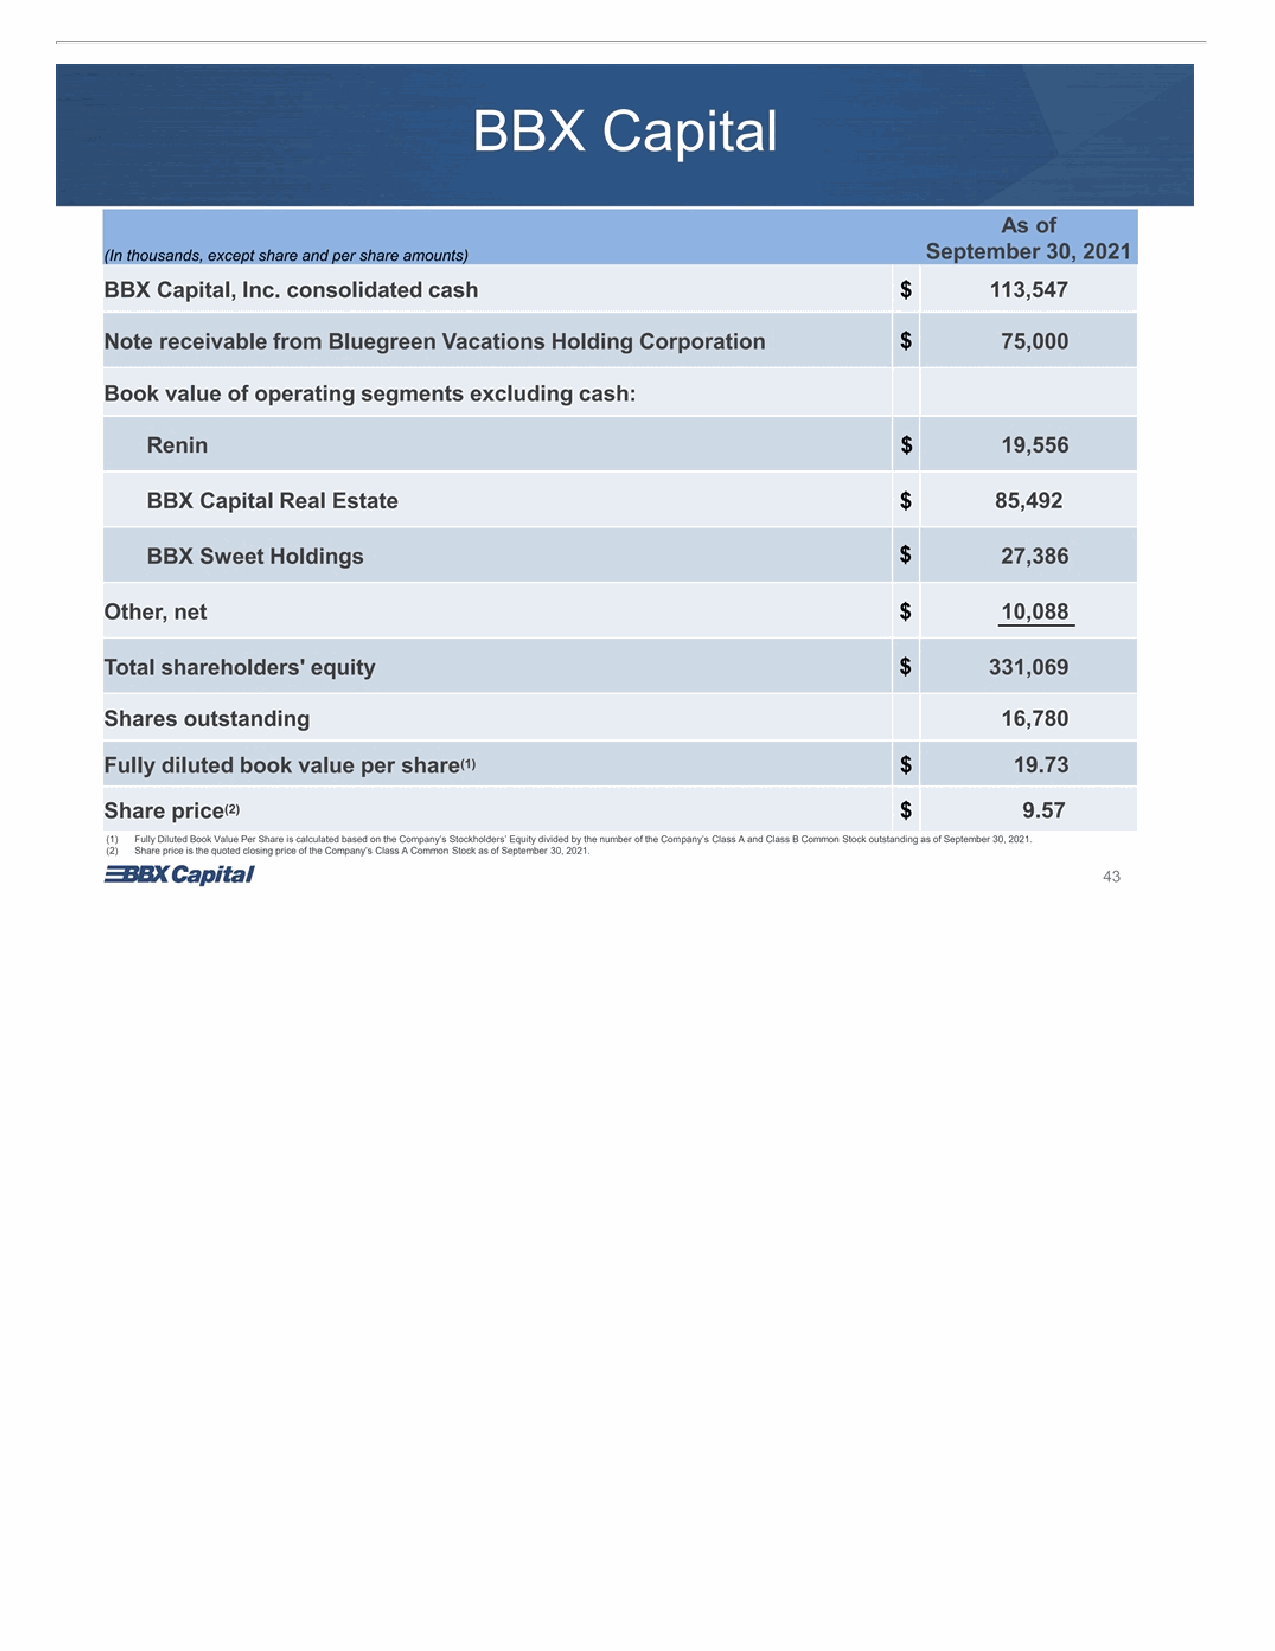
BBX Capital As of September 30, 2021 (In thousands, except share and per share amounts) BBX Capital, Inc. consolidated cash $ 113,547 $ 75,000 Note receivable from Bluegreen Vacations Holding Corporation Book value of operating segments excluding cash: Renin $ 19,556 BBX Capital Real Estate $ 85,492 $ 27,386 BBX Sweet Holdings Other, net $ 10,088 $ Total shareholders' equity 331,069 Shares outstanding 16,780 (1) Fully diluted book value per share $ 19.73 (2) $ 9.57 Share price (1) Fully Diluted Book Value Per Share is calculated based on the Company’s Stockholders’ Equity divided by the number of the Company’s Class A and Class B Common Stock outstanding as of September 30, 2021. (2) Share price is the quoted closing price of the Company’s Class A Common Stock as of September 30, 2021. 43